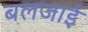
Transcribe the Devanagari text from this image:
बलजाई